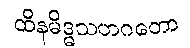
ထိနမိဒ္ဓသဟဂတော